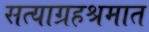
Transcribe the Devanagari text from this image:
सत्याग्रहश्रमात